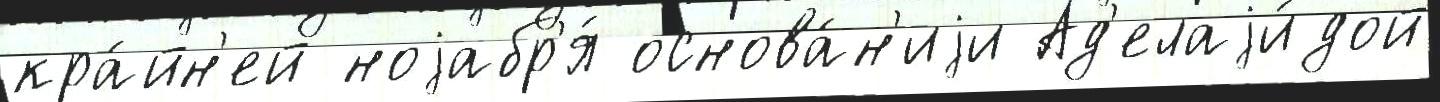
кра́йн'ей ноjабр'я́ основа́н'иjи Ад'елаjи́дой